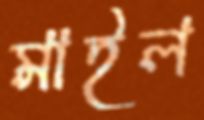
মাইল